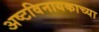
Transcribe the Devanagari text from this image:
अष्टविनायकाच्या